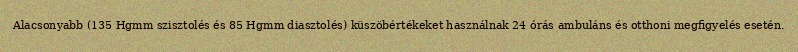
Alacsonyabb (135 Hgmm szisztolés és 85 Hgmm diasztolés) küszöbértékeket használnak 24 órás ambuláns és otthoni megfigyelés esetén.